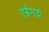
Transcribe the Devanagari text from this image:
एर्म्नगार्दा